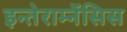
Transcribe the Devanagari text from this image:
इन्तेराम्नेंसिस